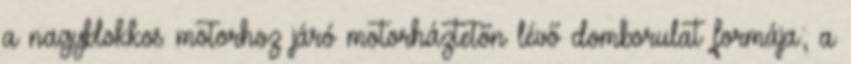
a nagyblokkos motorhoz járó motorháztetőn lévő domborulat formája; a